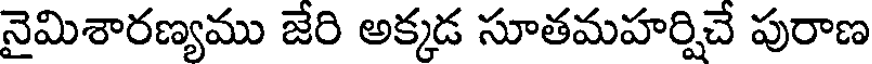
నైమిశారణ్యము జేరి అక్కడ సూతమహర్షిచే పురాణ